Plague in India, 1896, 1897 - Volume 2
Year: 1896
Disease focus: Plague
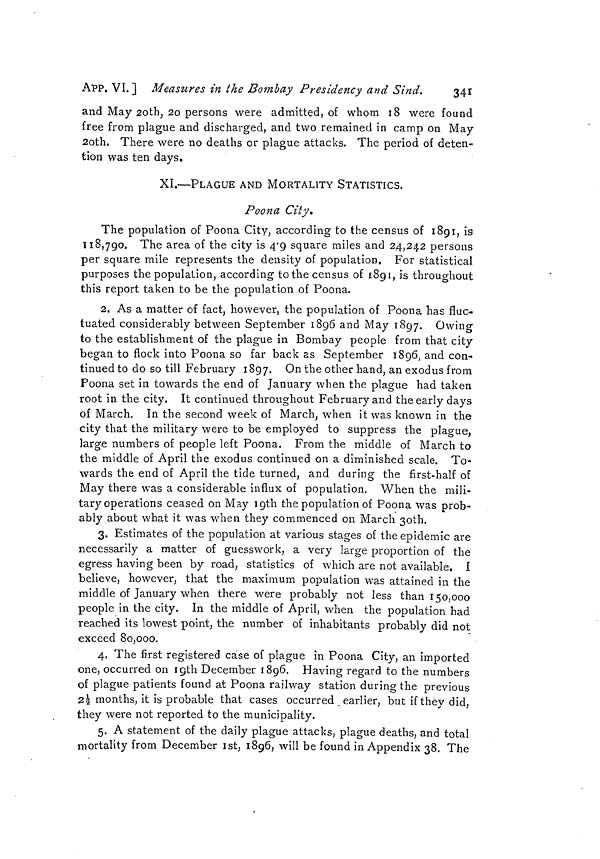
APP. VI. ] Measures in the Bombay Presidency and Sind.
341
and May 20th, 20 persons were admitted, of whom 18 were found
free from plague and discharged, and two remained in camp on May
20th. There were no deaths or plague attacks. The period of deten-
tion was ten days.
XI.—PLAGUE AND MORTALITY STATISTICS.
Poona City.
The population of Poona City, according to the census of 1891, is
118,790. The area of the city is 4.9 square miles and 24,242 persons
per square mile represents the density of population. For statistical
purposes the population, according to the census of 1891, is throughout
this report taken to be the population of Poona.
2. As a matter of fact, however, the population of Poona has fluc-
tuated considerably between September 1896 and May 1897. Owing
to the establishment of the plague in Bombay people from that city
began to flock into Poona so far back as September 1896, and con-
tinued to do so till February 1897. On the other hand, an exodus from
Poona set in towards the end of January when the plague had taken
root in the city. It continued throughout February and the early days
of March. In the second week of March, when it was known in the
city that the military were to be employed to suppress the plague,
large numbers of people left Poona. From the middle of March to
the middle of April the exodus continued on a diminished scale. To-
wards the end of April the tide turned, and during the first-half of
May there was a considerable influx of population. When the mili-
tary operation s ceased on May 19th the population of Poona was prob-
ably about what it was when they commenced on March 30th.
3. Estimates of the population at various stages of the epidemic are
necessarily a matter of guesswork, a very large proportion of the
egress having been by road, statistics of which are not available, i
believe, however, that the maximum population was attained in the
middle of January when there were probably not less than 150,000
people in the city. In the middle of April, when the population had
reached its lowest point, the number of inhabitants probably did not
exceed 80,000.
4. The first registered case of plague in Poona City, an imported
one, occurred on 19th December 1896. Having regard to the numbers
of plague patients found at Poona railway station during the previous
2 1/2 months, it is probable that cases occurred earlier, but if they did,
they were not reported to the municipality.
5. A statement of the daily plague attacks, plague deaths, and total
mortality from December 1st, 1896, will be found in Appendix 38. The